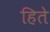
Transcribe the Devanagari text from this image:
हिते